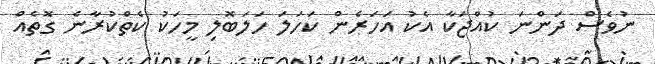
ނުވެސް ދަންނަ ކުއްޖަކާ އެކު އަހަރެން ކަހަލަ ހަލަބޮލި މީހަކު ކެތްކުރާނެ ގޮތެއް